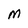
Character: M